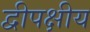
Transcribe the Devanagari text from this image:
द्वीपक्षीय